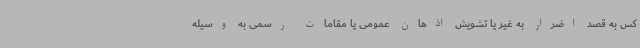
کس به قصد اضرار به غیر یا تشویش اذهان عمومی یا مقامات رسمی به وسیله